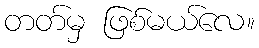
တတ်မှ ဖြစ်မယ်လေ။